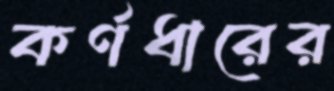
কর্ণধারের